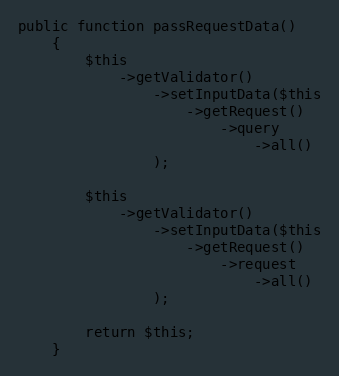
Language: PHP
public function passRequestData()
    {
        $this
            ->getValidator()
                ->setInputData($this
                    ->getRequest()
                        ->query
                            ->all()
                );

        $this
            ->getValidator()
                ->setInputData($this
                    ->getRequest()
                        ->request
                            ->all()
                );

        return $this;
    }